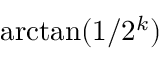
\arctan ( 1 / 2 ^ { k } )